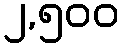
၂,၅၀၀